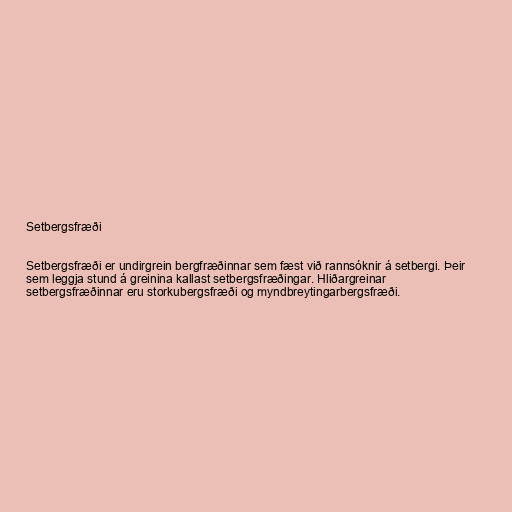
Setbergsfræði

Setbergsfræði er undirgrein bergfræðinnar sem fæst við rannsóknir á setbergi. Þeir
sem leggja stund á greinina kallast setbergsfræðingar. Hliðargreinar
setbergsfræðinnar eru storkubergsfræði og myndbreytingarbergsfræði.